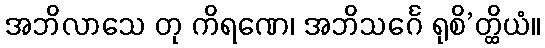
အဘိလာသေ တု ကိရဏေ၊ အဘိသင်္ဂေ ရုစိ’တ္ထိယံ။